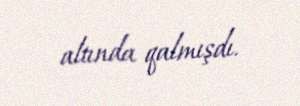
altında qalmışdı.